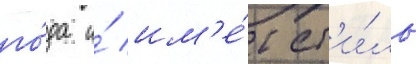
го́да и́ им'е́л ст'и́ль